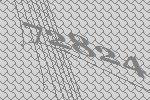
72824